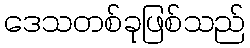
ဒေသတစ်ခုဖြစ်သည်